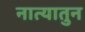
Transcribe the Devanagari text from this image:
नात्यातुन